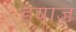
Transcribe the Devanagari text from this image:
डयाज़